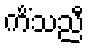
ကိံသညီ